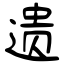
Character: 遗